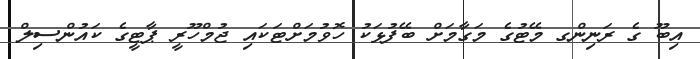
އިބޫ ގެ ރަނިންގ މޭޓުގެ މަގާމަށް ބޭފުޅަކު ހޮވުމަށްޓަކައި ޖުމްހޫރީ ޕާޓީގެ ކައުންސިލް